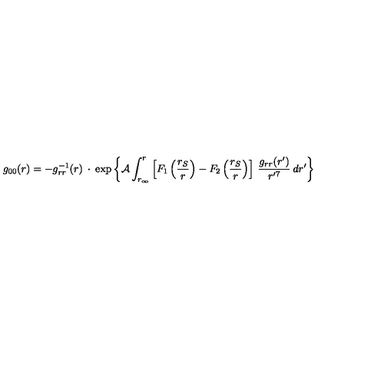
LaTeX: g _ { 0 0 } ( r ) = - g _ { r r } ^ { - 1 } ( r ) \: \cdot \: \exp \left\lbrace { \cal A } \int _ { r _ { \infty } } ^ { r } \left\lbrack F _ { 1 } \left( \frac { r _ { S } } { r } \right) - F _ { 2 } \left( \frac { r _ { S } } { r } \right) \right\rbrack \: \frac { g _ { r r } ( r ^ { \prime } ) } { r ^ { \prime 7 } } \: d r ^ { \prime } \right\rbrace